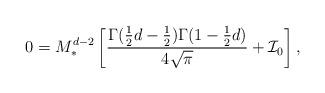
LaTeX: \begin{align*}0=M_{\ast }^{d-2}\left[\frac{\Gamma (\frac{1}{2}d-\frac{1}{2})\Gamma(1-\frac{1}{2}d)}{4\sqrt{\pi }}+{\cal I}_{0}\right] , \end{align*}